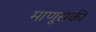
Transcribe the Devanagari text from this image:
माणूसकी